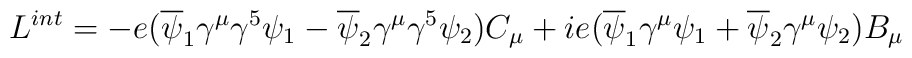
L^{int} =   - e (\overline\psi_1 \gamma^\mu \gamma^5 \psi_1 -\overline \psi_2 \gamma^\mu\gamma^5\psi_2 ) C_\mu + ie (\overline \psi_1 \gamma^\mu \psi_1 +\overline \psi_2\gamma^\mu \psi_2 ) B_\mu